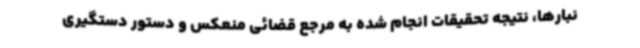
نبارها، نتیجه تحقیقات انجام شده به مرجع قضائی منعکس و دستور دستگیری